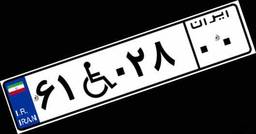
۵۱W۰۲۹۶۰